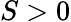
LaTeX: S>0